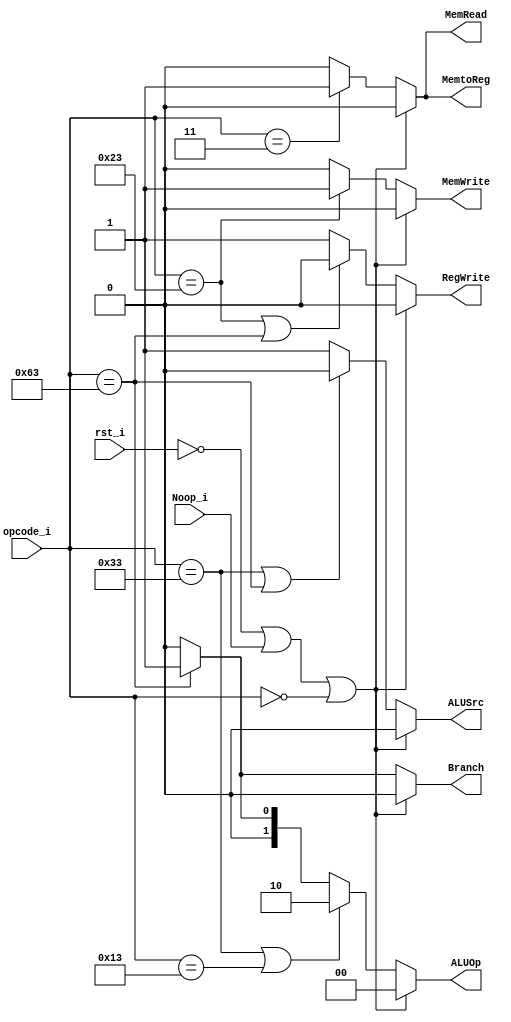
module Control
(
	rst_i,
	opcode_i,
	Noop_i,
	ALUOp,
	ALUSrc,
	RegWrite,
	MemtoReg,
	MemRead,
	MemWrite,
	Branch
);

input				rst_i;
input [6:0] 		opcode_i;
input				Noop_i;
output reg [1:0]	ALUOp;
output reg			ALUSrc;
output reg			RegWrite;
output reg			MemtoReg;
output reg			MemRead;
output reg			MemWrite;
output reg			Branch;

always @(*) begin
	if (~rst_i || Noop_i == 1 || opcode_i == 0) begin
		ALUSrc <= 0;
		RegWrite <= 0;
		ALUOp <= 0;
		MemtoReg <= 0;
		MemRead <= 0;
		MemWrite <= 0;
		Branch <= 0;
	end
	else begin
		if (opcode_i == 7'b0110011 || opcode_i == 7'b1100011)
			ALUSrc <= 0;
		else
			ALUSrc <= 1;
		
		if (opcode_i == 7'b0100011 || opcode_i == 7'b1100011)
			RegWrite <= 0;
		else
			RegWrite <= 1;
		
		if (opcode_i == 7'b0110011 || opcode_i == 7'b0010011)
			ALUOp <= 2'b10;
		else if (opcode_i == 7'b1100011)
			ALUOp <= 2'b01;
		else
			ALUOp <= 2'b00;
		
		if (opcode_i == 7'b0000011) begin
			MemtoReg <= 1;
			MemRead <= 1;
		end
		else begin
			MemtoReg <= 0;
			MemRead <= 0;
		end
		
		if (opcode_i == 7'b0100011)
			MemWrite <= 1;
		else
			MemWrite <= 0;
		
		if (opcode_i == 7'b1100011)
			Branch <= 1;
		else
			Branch <= 0;

	end
end


endmodule